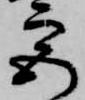
宮